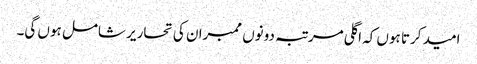
امید کرتا ہوں کہ اگلی مرتبہ دونوں ممبران کی تحاریر شامل ہوں گی۔